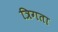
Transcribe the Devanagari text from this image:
त्रिगता